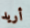
أريد